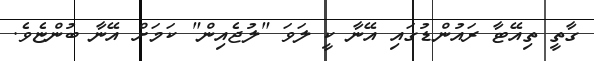
ގާތީ ތިއޭޓާ ރައުންޑުގައި އޭނާ ކީ ލަވަ "ލުޖެއިން" ކަމަށް އޭނާ ބުންޏެވެ.